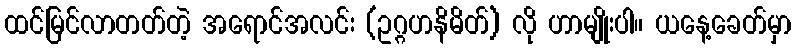
ထင်မြင်လာတတ်တဲ့ အရောင်အလင်း (ဥဂ္ဂဟနိမိတ်) လို ဟာမျိုးပါ။ ယနေ့ခေတ်မှာ